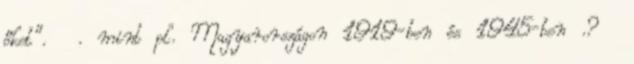
őket". . mint pl. Magyarországon 1919-ben és 1945-ben .?